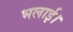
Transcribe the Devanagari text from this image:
भलाई।